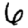
Digit: 6